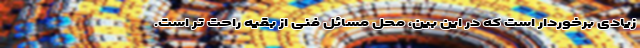
زیادی برخوردار است که در این بین، محل مسائل فنی از بقیه راحت تر است.